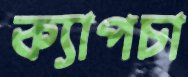
ক্যাপচা